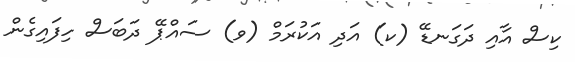
ކިސް އާއި ދަގަނޑޭ (ކ) އަދި އަކުރަމް (ވ) ސައްޕޭ ދަބަސް ހިފައިގެން